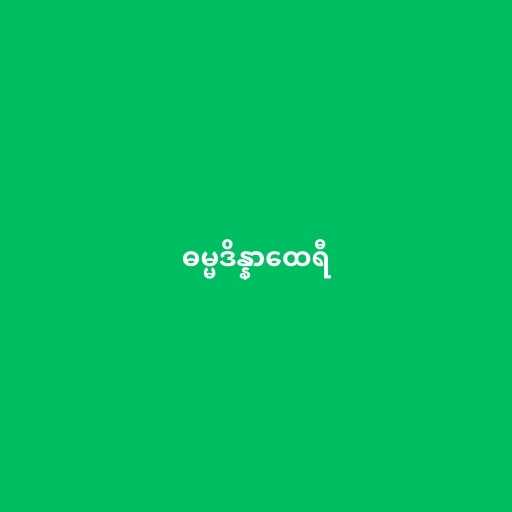
ဓမ္မဒိန္နာထေရီ